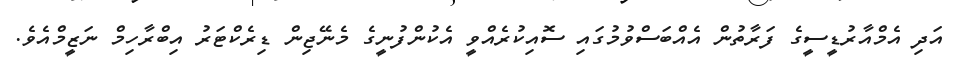
އަދި އެމްއާރުޑީސީގެ ފަރާތުން އެއްބަސްވުމުގައި ސޮއިކުރެއްވީ އެކުންފުނީގެ މެނޭޖިން ޑިރެކްޓަރު އިބްރާހިމް ނަޒީމްއެވެ.